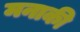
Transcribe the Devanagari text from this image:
मनाकी